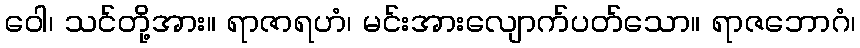
ဝေါ၊ သင်တို့အား။ ရာဇာရဟံ၊ မင်းအားလျောက်ပတ်သော။ ရာဇဘောဂံ၊